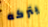
يتركه